Scottish Leaving Certificate Examination, 1958
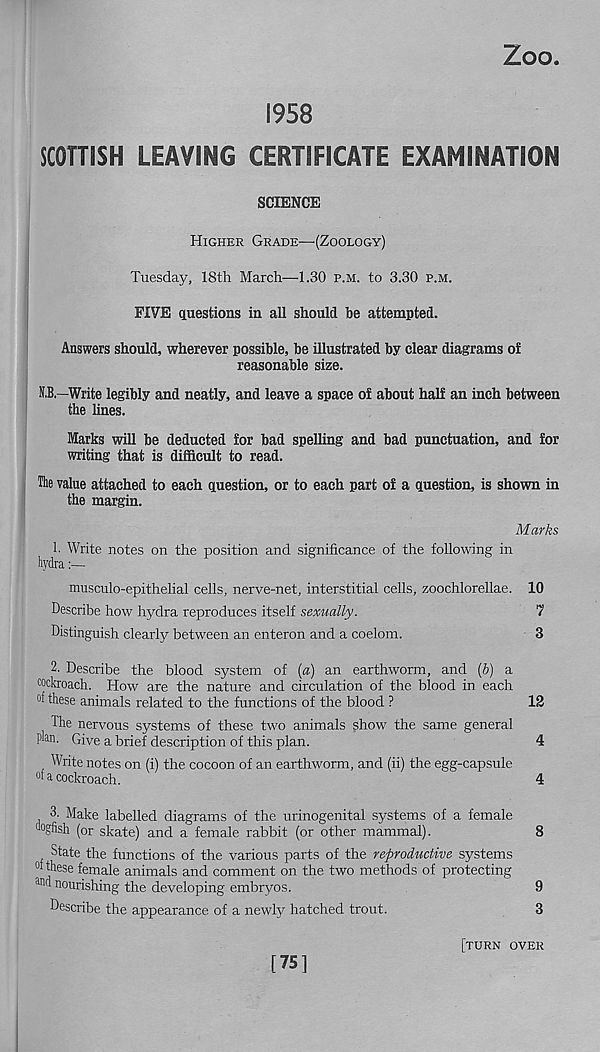
Zoo
1958
SCOTTISH LEAVING CERTIFICATE EXAMINATION
SCIENCE
Higher Grade—'(Zoology)
Tuesday, 18th March—1.30 p.m. to 3.30 p.m.
FIVE questions in all should be attempted.
Answers should, wherever possible, be illustrated by clear diagrams of
reasonable size.
N.B.—Write legibly and neatly, and leave a space of about half an inch between
the lines.
Marks will be deducted for bad spelling and bad punctuation, and for
writing that is difficult to read.
■
The value attached to each question, or to each part of a question, is shown in
the margin.
Marks
1. Write notes on the position and significance of the following in
hydra
musculo-epithelial cells, nerve-net, interstitial cells, zoochlorellae. 10
Describe how hydra reproduces itself sexually.
7
Distinguish clearly between an enteron and a coelom.
3
2. Describe the blood system of [a) an earthworm, and (6) a
cockroach. How are the nature and circulation of the blood in each
°f these animals related to the functions of the blood ?
12
The nervous systems of these two animals show the same general
plan. Give a brief description of this plan.
4
Write notes on (i) the cocoon of an earthworm, and (ii) the egg-capsule
°f a cockroach.
4
3' Make labelled diagrams of the urinogenital systems of a female
dogfish (or skate) and a female rabbit (or other mammal).
8
State the functions of the various parts of the reproductive systems
°f these female animals and comment on the two methods of protecting
an d nourishing the developing embryos.
9
Describe the appearance of a newly hatched trout.
3
[75]
[turn over